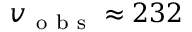
v _ { \mathrm { ~ o ~ b ~ s ~ } } \approx 2 3 2